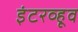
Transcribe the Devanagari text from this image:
इंटरव्हूव